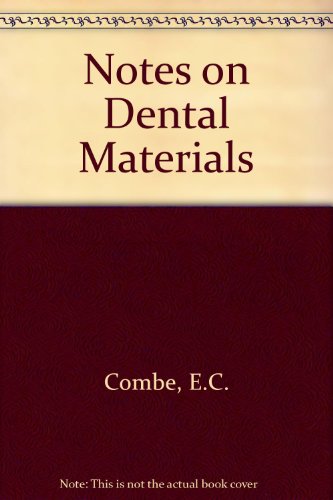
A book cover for Notes on Dental Materials; E.C. Combe; Medical Books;